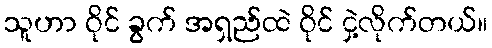
သူဟာ ဝိုင် ခွက် အရှည်ထဲ ဝိုင် ငှဲ့လိုက်တယ်။